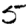
Digit: 5